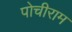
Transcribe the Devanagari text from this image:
पोचीराम